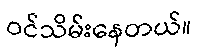
ဝင်သိမ်းနေတယ်။